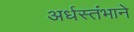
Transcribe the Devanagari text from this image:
अर्धस्तंभाने